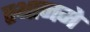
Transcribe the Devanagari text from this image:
स्थानमे